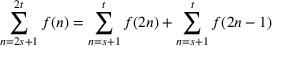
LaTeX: \sum _ { n = 2 s + 1 } ^ { 2 t } f ( n ) = \sum _ { n = s + 1 } ^ { t } f ( 2 n ) + \sum _ { n = s + 1 } ^ { t } f ( 2 n - 1 ) \quad